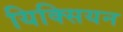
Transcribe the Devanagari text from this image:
यिक्सियन